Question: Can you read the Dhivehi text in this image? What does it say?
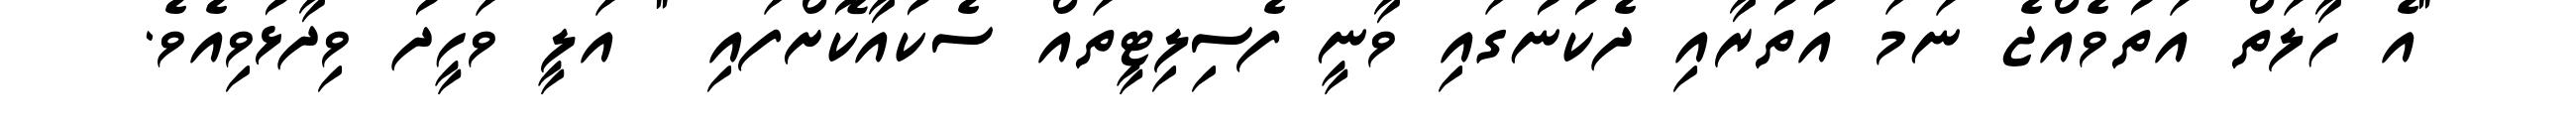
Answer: "އެ ހާލަތް އަތުވެއްޖެ ނަމަ އުތުރާއި ދެކުނުގައި ވާނީ ފެސިލިޓީތައް ސެކުއާކޮށްފައި " އަލީ ވަހީދު ވިދާޅުވިއެވެ.